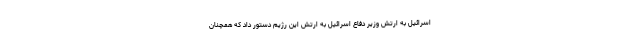
اسرائیل به ارتش وزیر دفاع اسرائیل به ارتش این رژیم دستور داد که همچنان